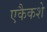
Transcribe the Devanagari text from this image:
एकैकशे